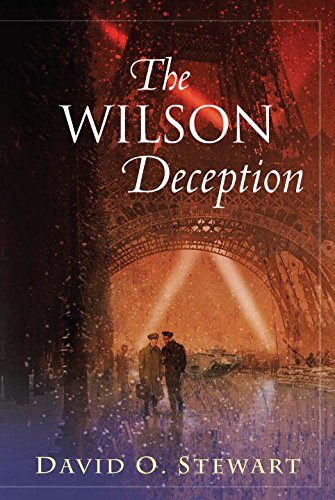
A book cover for The Wilson Deception (A Fraser and Cook Mystery); David O. Stewart; Mystery, Thriller & Suspense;